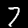
Digit: 7